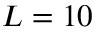
L = 1 0